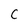
Character: c